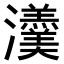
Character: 𤄾